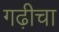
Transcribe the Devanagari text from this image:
गढ़ीचा